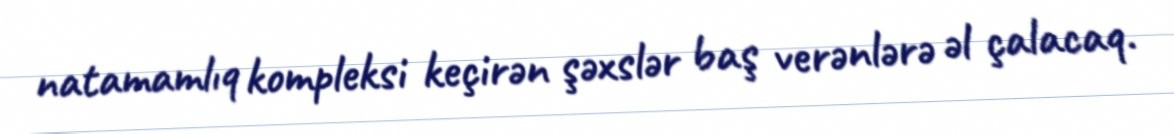
natamamlıq kompleksi keçirən şəxslər baş verənlərə əl çalacaq.